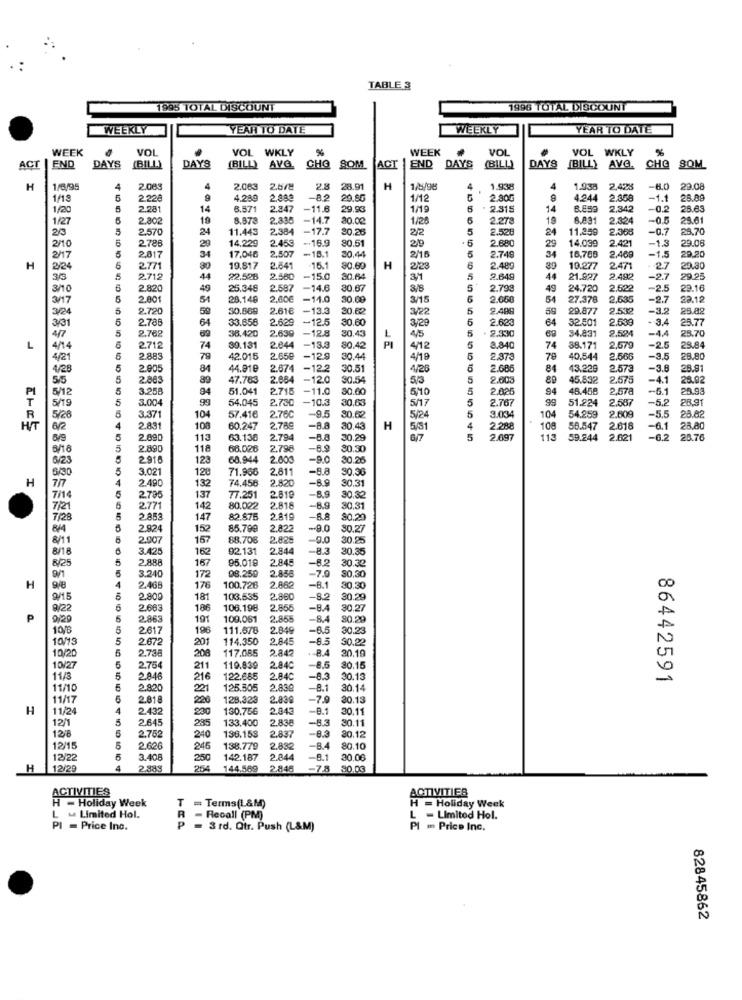
TABLE &
1995 TOTAL DISCOUNT
1996 TOTAL DISCOUNT
WEEKLY
YEAR TO DATE
WEEKLY
YEAR TO DATE
WEEK
VOL
VOL
WKLY
WEEK
VOL
VOL
WKLY
%
AVG
END
DAYS
(BILL)
AVG
ACT
END
DAYS
(BILL)
DAYS
(BILL)
CHO SOM
SOM
ACT
DAYS
BILLY AVG.
CHO
80M
H
1/6/95
4
2.083
4
2.063
2.578
25
28.91
H
4
1.938
4
1.938
2,42%
29.08
1/19
2220
9
4.289
2.880
-82
29.86
1/12
2.30G
4.244
2.358
-1.1
28.89
1/20
2.281
14
6.571
2.847
-11.8
29.93
1/19
. 2.315
2,342
-0.2
26.63
1/27
2.802
19
8.873
2.835
14.7
20.00
1/26
2.278
19
8.031
2.324
-0.5
25.61
20
2.570
24
11.443
2.384
-17.7
20.25
2/2
5
2.528
24
11.259
2.066
-0.7
25.70
14,229
2.45€
-. 16.9
80.51
2/9
2.680
14.039
2.421
-1.3
29.06
2/10
5
2788
29
17.046
2.507
-15.1
29
29.20
2/17
2017
34
30.44
2/16
5
2.749
34
16,708
2.469
-1.5
H
224
5
2.771
80
19.817
2.641
-15.1
80.69
H
2/23
2.480
10.277
2.471
27
29.30
3/3
2.712
44
22.528
2.580
-15.0
30.64
34
2.649
44
21.827
2.492
-2.7
29.25
3/10
6
2.820
49
25.348
2.587
-14.6
80.67
5
2.799
49
24.720
2.52
-2.5
29.16
3/17
2.001
51
28.146
2.00€
11.0
30.00
3/15
2.660
54
27.378
2,535
-2.7
23.12
3/24
5
2.720
59
30.869
2.61€
-13.3
20.62
3/22
5
2.400
59
29.877
2.532
-3.2
25.82
5
2.78
64
33.65€
2.629
12.5
30.60
6
2.623
64
32.501
2.539
- 3.4
25.77
3/31
2.762
38.420
2.630
-12.8
3/29
5
2.500
34.831
2.524
-AA
4/7
30.43
L
4/5
5
25.70
L
4/14
2.712
74
30.131
2.844
13.3
$0.42
PI
4/12
8.840
74
38.17
2,57
-2.5
29.84
4/21
2.883
79
42.015
2.65€
129
30.44
4/19
5
2.373
78
40,544
2.566
-3.5
28.80
4/28
5
2.005
44.916
2.674
-12.2
30.51
4/26
2.686
84
43.229
2.573
-3.6
25.97
55
2863
89
47.783
2.664
120
30.54
5/3
5
2.00
45.532
2,675
-4.1
28.92
PI
5/12
3.258
94
51.041
2.715
11.0
30.00
5
2.02
94
45.450
2,57
-5.1
20.93
5/19
5
3.00
99
54.045
2.730
-10.3
5/17
5
2.767
51.224
2.587
-5.2
28.91
T
-95
30,63
99
-5.5
R
5/26
3.371
10
57.416
2.76
30.62
5/24
5
3.03
104
54.259
2.609
28.82
HIT
4
2.83
108
60.247
2.78
-8.8
30.43
H
5/31
4
2.288
108
58.547
2.618
6.1
28.80
6/9
5
2.090
113
63.138
2.794
-8.8
30.29
2.697
113
59.244
2.621
-6.2
28.76
2.890
118
66.026
2.798
-8.9
80.30
6/23
5
2.918
123
60.944
2.00€
-9.0
30.25
6/30
3.02
128
71.966
2.811
-8.8
30.36
H
4
2490
132
74.456
2.820
-8.9
30.31
7/14
2.79
137
77.251
2.819
-8.9
30.32
7/21
2.77
142
80.022
2.818
-8.9
30.31
7/28
5
2.853
147
82.875
2.819
-8.8
80.29
84
2824
152
85.799
2.82
-9.0
30.27
8/11
2.00
157
88.70
2.825
-0.0
30.25
8/18
0 0
3.425
162
02.131
2.844
-8.3
30.35
8/25
5
288
95.018
2.84
-8.2
167
-7.9
30.32
4
3.240
172
08.250
2.858
80,30
H
2.46
176
100.726
2.86
-8.1
30.30
9/15
2.80
181
103.535
2.860
-82
30.29
9/22
5
2.663
186
106.198
2.855
-8.4
30.27
P
9/20
2.86
191
100.061
2.855
-8.4
30.29
5
2617
196
111.578
2.849
-6.5
30.23
10/15
5
2.672
201
114.350
2.845
-8.3
30.22
10/20
5
206
117.055
2.84
.- 8.4
5
2.73
20.19
10/27
2.754
211
119.839
2.840
-8.5
30.15
11/3
5
284
216
122.665
2.84
-8.3
30.13
86442591
11/10
2820
221
125.505
2.839
-8.1
30.14
11/17
2.818
220
128.323
2.830
-7.9
20.13
H
1/24
2.432
230
130.756
2.843
-8.1
30.11
12/1
2.645
285
2.838
-5.3
128
240
133,400
30.11
2,75
136.153
2.837
-8.3
30.12
12/15
2.626
246
138.779
2.832
-8.4
80.10
12/22
3.408
250
142.187
2.844
-8.1
30.06
H
12/29
2.885
264
144.569
2.845
-7.8
80.03
ACTIVITIES
ACTIVITIES
- Holiday Week
T = Terms(L&M)
H = Holiday Week
L - Limited Hol.
- Recall (PM)
L - Limited Hol.
PI = Price Inc.
p = 3 rd. Qtr. Push (L&M)
PI m Price Inc.
82845862